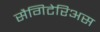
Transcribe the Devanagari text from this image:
सैगिटेरिअस